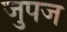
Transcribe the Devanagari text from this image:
जुपज